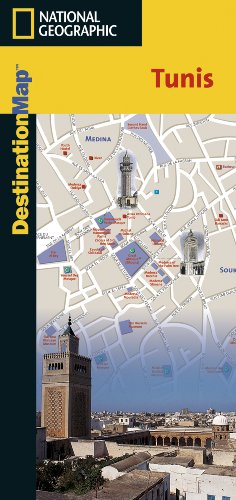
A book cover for Tunis (National Geographic Destination City Map); National Geographic Maps; Travel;